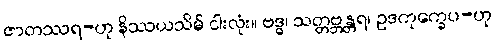
ဇာတဿရ-ဟု နိဿယသိမ် ငါးလုံး။ ဗဒ္ဓ၊ သတ္တဗ္ဘန္တရ၊ ဥဒကုက္ခေပ-ဟု